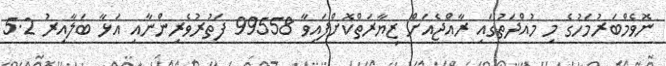
ނޮވެމްބަރުމަހުގެ މި މުއްދަތުގައި ރާއްޖެއަށް ޒިޔާރަތްކޮށްފައިވާ 99558 ފަތުރުވެރިންނާއި އަޅާ ބަލާއިރު 5.2